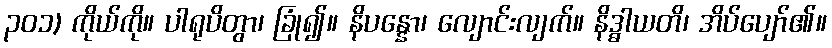
၃၀၁) ကိုယ်ကို။ ပါရုပိတွာ၊ ခြုံ၍။ နိပန္နော၊ လျောင်းလျက်။ နိဒ္ဓါယတိ၊ အိပ်ပျော်၏။